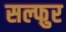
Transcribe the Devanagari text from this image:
सल्फुर